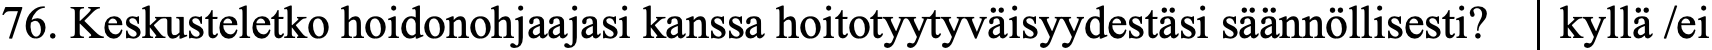
76. Keskusteletko hoidonohjaajasi kanssa hoitotyytyväisyydestäsi säännöllisesti? kyllä /ei